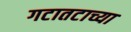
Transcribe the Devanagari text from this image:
गटातटाच्या